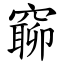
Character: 窷